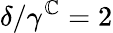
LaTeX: \delta/\gamma^{\mathbb{C}}=2